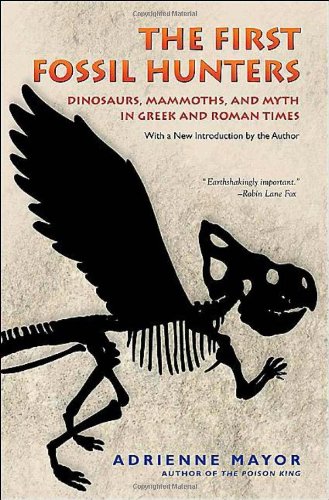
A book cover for The First Fossil Hunters: Dinosaurs, Mammoths, and Myth in Greek and Roman Times; Adrienne Mayor; Science & Math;